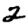
Digit: 2